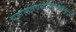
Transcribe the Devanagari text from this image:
वसाहतवादाविरोधातल्या